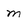
Character: m